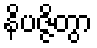
နိပဇ္ဇိတွာ